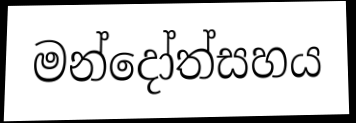
මන්දෝත්සහය